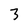
Character: 3